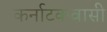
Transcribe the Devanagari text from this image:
कर्नाटकवासी